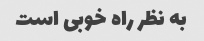
به نظر راه خوبی است